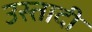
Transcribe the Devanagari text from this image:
उस्तादी